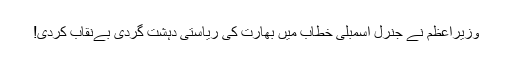
وزیراعظم نے جنرل اسمبلی خطاب میں بھارت کی ریاستی دہشت گردی بےنقاب کردی!